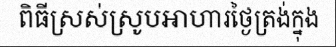
ពិធីស្រស់ស្រូបអាហារថ្ងៃត្រង់ក្នុង